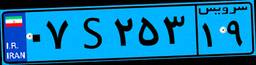
۰۶S۷۵۸۱۱